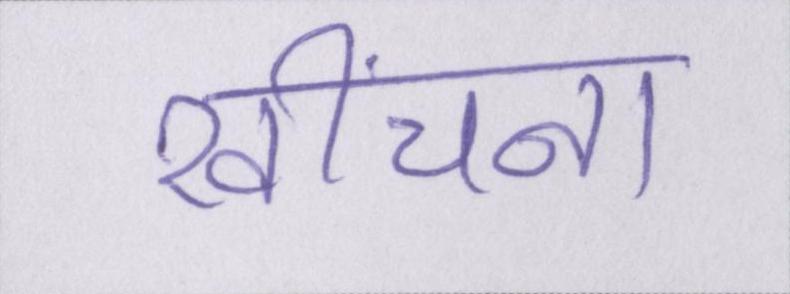
खींचना